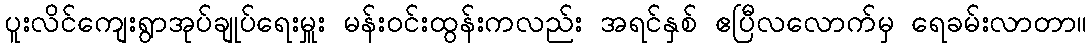
ပူးလိင်ကျေးရွာအုပ်ချုပ်ရေးမှူး မန်းဝင်းထွန်းကလည်း အရင်နှစ် ဧပြီလလောက်မှ ရေခမ်းလာတာ။